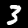
Label: 3